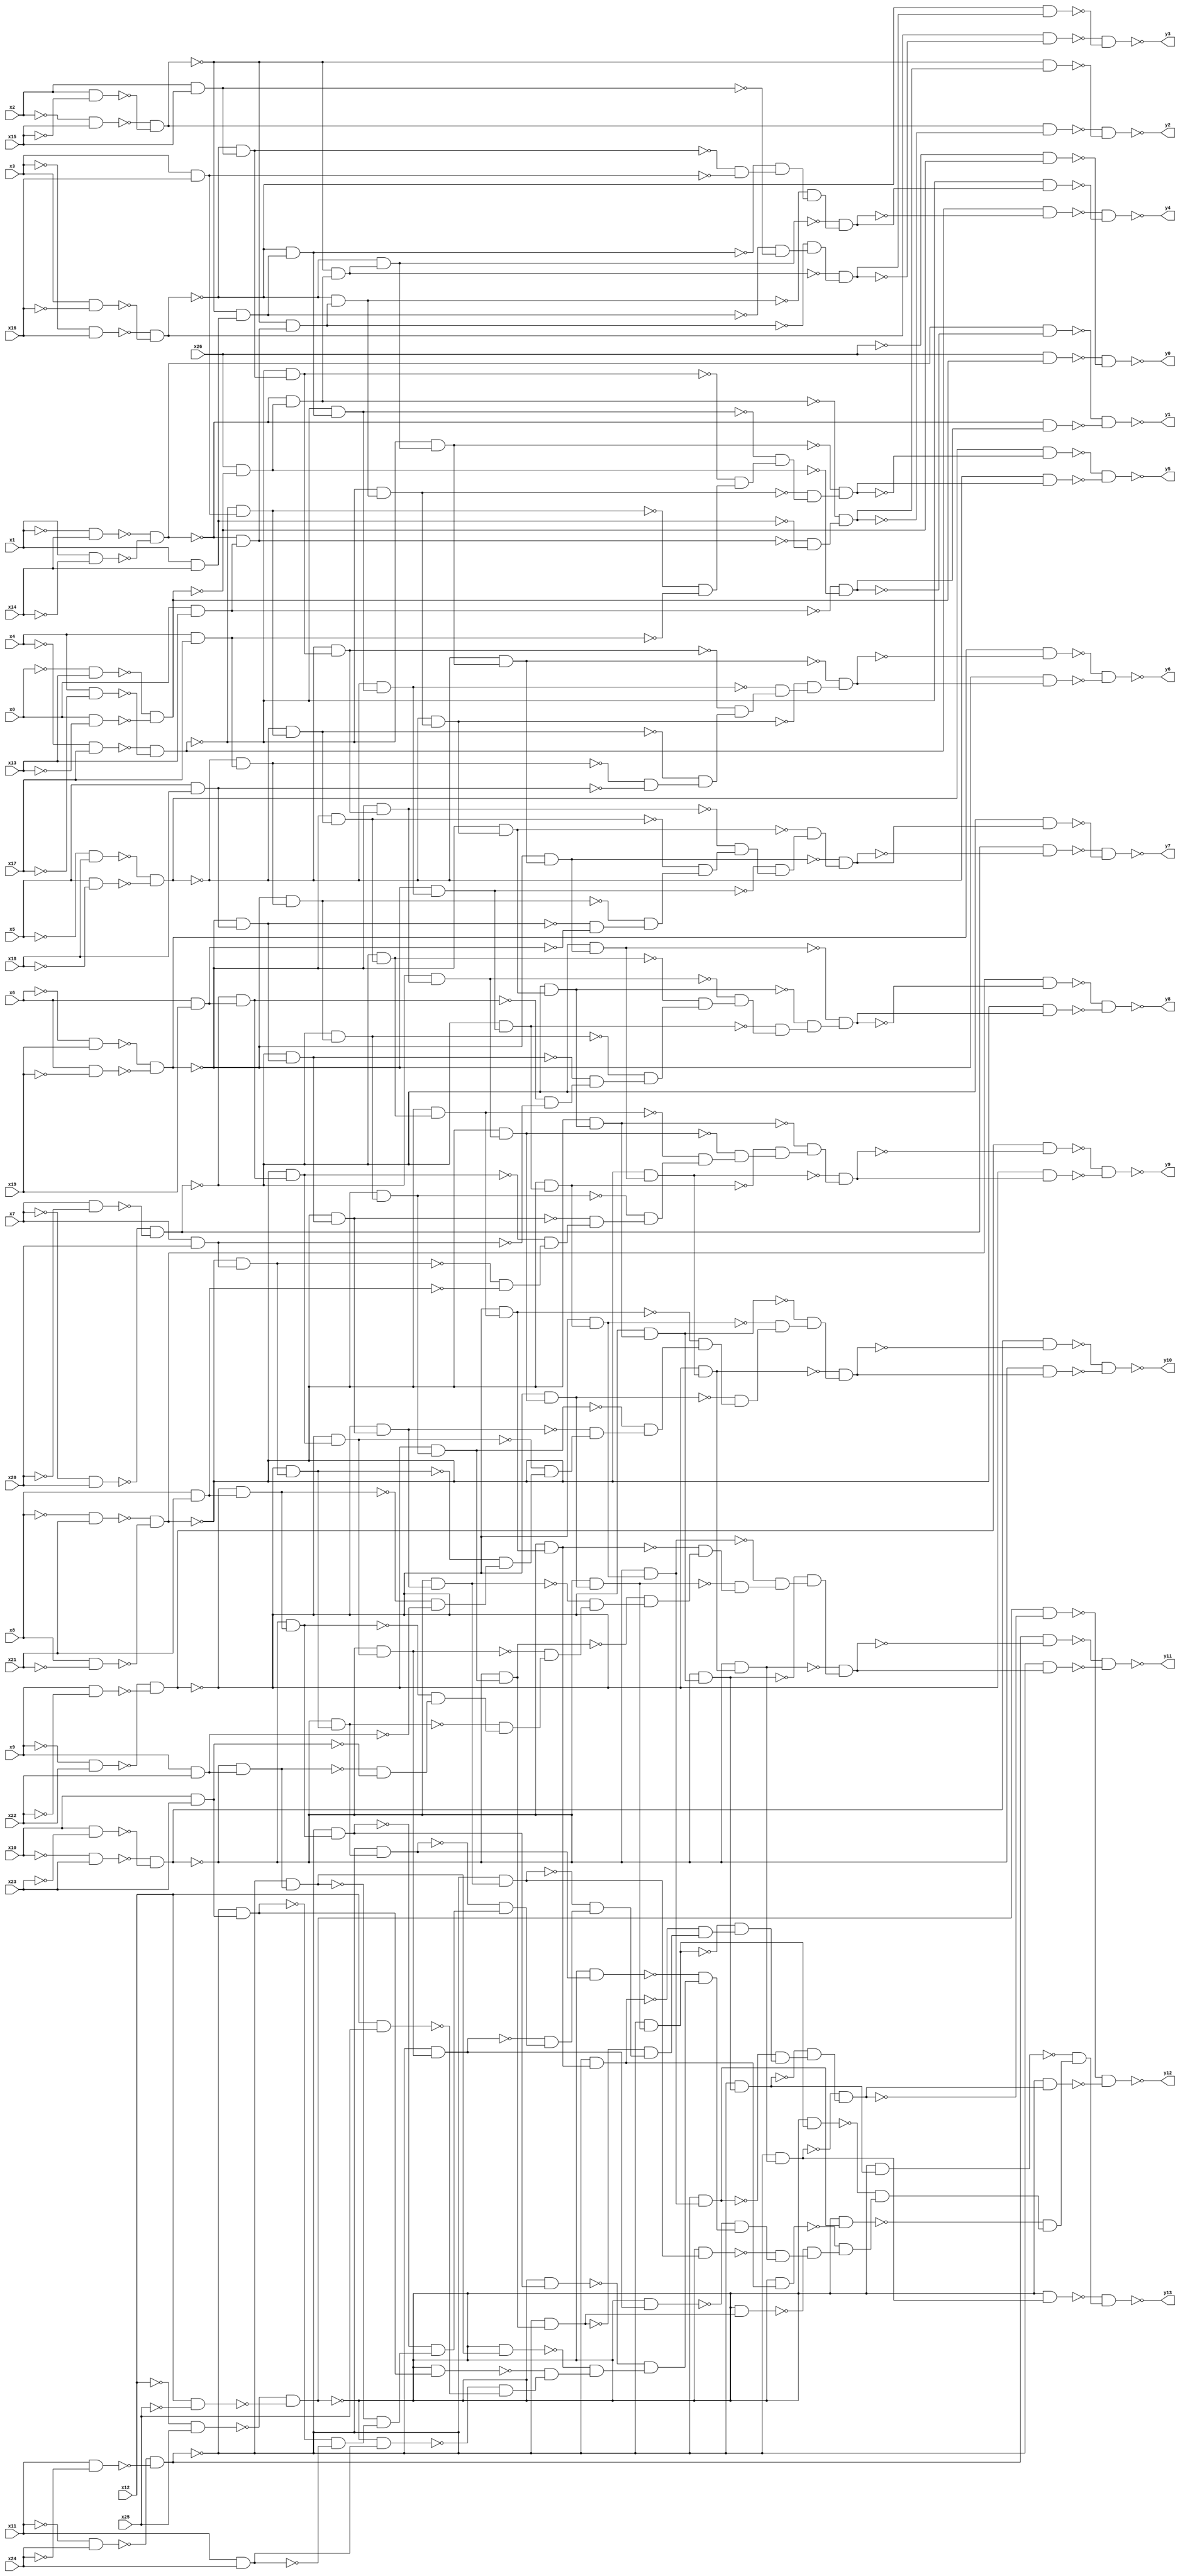
module top(x0, x1, x2, x3, x4, x5, x6, x7, x8, x9, x10, x11, x12, x13, x14, x15, x16, x17, x18, x19, x20, x21, x22, x23, x24, x25, x26, y0, y1, y2, y3, y4, y5, y6, y7, y8, y9, y10, y11, y12, y13);
  input x0, x1, x2, x3, x4, x5, x6, x7, x8, x9, x10, x11, x12, x13, x14, x15, x16, x17, x18, x19, x20, x21, x22, x23, x24, x25, x26;
  output y0, y1, y2, y3, y4, y5, y6, y7, y8, y9, y10, y11, y12, y13;
  wire n28, n29, n30, n31, n32, n33, n34, n35, n36, n37, n38, n39, n40, n41, n42, n43, n44, n45, n46, n47, n48, n49, n50, n51, n52, n53, n54, n55, n56, n57, n58, n59, n60, n61, n62, n63, n64, n65, n66, n67, n68, n69, n70, n71, n72, n73, n74, n75, n76, n77, n78, n79, n80, n81, n82, n83, n84, n85, n86, n87, n88, n89, n90, n91, n92, n93, n94, n95, n96, n97, n98, n99, n100, n101, n102, n103, n104, n105, n106, n107, n108, n109, n110, n111, n112, n113, n114, n115, n116, n117, n118, n119, n120, n121, n122, n123, n124, n125, n126, n127, n128, n129, n130, n131, n132, n133, n134, n135, n136, n137, n138, n139, n140, n141, n142, n143, n144, n145, n146, n147, n148, n149, n150, n151, n152, n153, n154, n155, n156, n157, n158, n159, n160, n161, n162, n163, n164, n165, n166, n167, n168, n169, n170, n171, n172, n173, n174, n175, n176, n177, n178, n179, n180, n181, n182, n183, n184, n185, n186, n187, n188, n189, n190, n191, n192, n193, n194, n195, n196, n197, n198, n199, n200, n201, n202, n203, n204, n205, n206, n207, n208, n209, n210, n211, n212, n213, n214, n215, n216, n217, n218, n219, n220, n221, n222, n223, n224, n225, n226, n227, n228, n229, n230, n231, n232, n233, n234, n235, n236, n237, n238, n239, n240, n241, n242, n243, n244, n245, n246, n247, n248, n249, n250, n251, n252, n253, n254, n255, n256, n257, n258, n259, n260, n261, n262, n263, n264, n265, n266, n267, n268, n269, n270, n271, n272, n273, n274, n275, n276, n277, n278, n279, n280, n281, n282, n283, n284, n285, n286, n287, n288, n289, n290, n291, n292, n293, n294, n295, n296, n297, n298, n299, n300;
  assign n28 = ~x0 & x13;
  assign n29 = x0 & ~x13;
  assign n30 = ~n28 & ~n29;
  assign n31 = x26 & n30;
  assign n32 = ~x26 & ~n30;
  assign n33 = ~n31 & ~n32;
  assign n34 = ~x1 & x14;
  assign n35 = x1 & ~x14;
  assign n36 = ~n34 & ~n35;
  assign n37 = x0 & x13;
  assign n38 = x26 & ~n30;
  assign n39 = ~n37 & ~n38;
  assign n40 = n36 & ~n39;
  assign n41 = ~n36 & n39;
  assign n42 = ~n40 & ~n41;
  assign n43 = ~x2 & x15;
  assign n44 = x2 & ~x15;
  assign n45 = ~n43 & ~n44;
  assign n48 = ~n36 & n38;
  assign n46 = ~n36 & n37;
  assign n47 = x1 & x14;
  assign n49 = ~n46 & ~n47;
  assign n50 = ~n48 & n49;
  assign n51 = n45 & ~n50;
  assign n52 = ~n45 & n50;
  assign n53 = ~n51 & ~n52;
  assign n54 = ~x3 & x16;
  assign n55 = x3 & ~x16;
  assign n56 = ~n54 & ~n55;
  assign n60 = ~n45 & n48;
  assign n58 = ~n45 & n46;
  assign n57 = ~n45 & n47;
  assign n59 = x2 & x15;
  assign n61 = ~n57 & ~n59;
  assign n62 = ~n58 & n61;
  assign n63 = ~n60 & n62;
  assign n64 = n56 & ~n63;
  assign n65 = ~n56 & n63;
  assign n66 = ~n64 & ~n65;
  assign n67 = ~x4 & x17;
  assign n68 = x4 & ~x17;
  assign n69 = ~n67 & ~n68;
  assign n74 = ~n56 & n60;
  assign n72 = ~n56 & n58;
  assign n71 = ~n56 & n57;
  assign n70 = ~n56 & n59;
  assign n73 = x3 & x16;
  assign n75 = ~n70 & ~n73;
  assign n76 = ~n71 & n75;
  assign n77 = ~n72 & n76;
  assign n78 = ~n74 & n77;
  assign n79 = n69 & ~n78;
  assign n80 = ~n69 & n78;
  assign n81 = ~n79 & ~n80;
  assign n82 = ~x5 & x18;
  assign n83 = x5 & ~x18;
  assign n84 = ~n82 & ~n83;
  assign n90 = ~n69 & n74;
  assign n88 = ~n69 & n72;
  assign n87 = ~n69 & n71;
  assign n86 = ~n69 & n70;
  assign n85 = ~n69 & n73;
  assign n89 = x4 & x17;
  assign n91 = ~n85 & ~n89;
  assign n92 = ~n86 & n91;
  assign n93 = ~n87 & n92;
  assign n94 = ~n88 & n93;
  assign n95 = ~n90 & n94;
  assign n96 = n84 & ~n95;
  assign n97 = ~n84 & n95;
  assign n98 = ~n96 & ~n97;
  assign n99 = ~x6 & x19;
  assign n100 = x6 & ~x19;
  assign n101 = ~n99 & ~n100;
  assign n108 = ~n84 & n90;
  assign n106 = ~n84 & n88;
  assign n105 = ~n84 & n87;
  assign n104 = ~n84 & n86;
  assign n103 = ~n84 & n85;
  assign n102 = ~n84 & n89;
  assign n107 = x5 & x18;
  assign n109 = ~n102 & ~n107;
  assign n110 = ~n103 & n109;
  assign n111 = ~n104 & n110;
  assign n112 = ~n105 & n111;
  assign n113 = ~n106 & n112;
  assign n114 = ~n108 & n113;
  assign n115 = n101 & ~n114;
  assign n116 = ~n101 & n114;
  assign n117 = ~n115 & ~n116;
  assign n118 = ~x7 & x20;
  assign n119 = x7 & ~x20;
  assign n120 = ~n118 & ~n119;
  assign n128 = ~n101 & n108;
  assign n126 = ~n101 & n106;
  assign n125 = ~n101 & n105;
  assign n124 = ~n101 & n104;
  assign n123 = ~n101 & n103;
  assign n122 = ~n101 & n102;
  assign n121 = ~n101 & n107;
  assign n127 = x6 & x19;
  assign n129 = ~n121 & ~n127;
  assign n130 = ~n122 & n129;
  assign n131 = ~n123 & n130;
  assign n132 = ~n124 & n131;
  assign n133 = ~n125 & n132;
  assign n134 = ~n126 & n133;
  assign n135 = ~n128 & n134;
  assign n136 = n120 & ~n135;
  assign n137 = ~n120 & n135;
  assign n138 = ~n136 & ~n137;
  assign n139 = ~x8 & x21;
  assign n140 = x8 & ~x21;
  assign n141 = ~n139 & ~n140;
  assign n150 = ~n120 & n128;
  assign n148 = ~n120 & n126;
  assign n147 = ~n120 & n125;
  assign n146 = ~n120 & n124;
  assign n145 = ~n120 & n123;
  assign n144 = ~n120 & n122;
  assign n143 = ~n120 & n121;
  assign n142 = ~n120 & n127;
  assign n149 = x7 & x20;
  assign n151 = ~n142 & ~n149;
  assign n152 = ~n143 & n151;
  assign n153 = ~n144 & n152;
  assign n154 = ~n145 & n153;
  assign n155 = ~n146 & n154;
  assign n156 = ~n147 & n155;
  assign n157 = ~n148 & n156;
  assign n158 = ~n150 & n157;
  assign n159 = n141 & ~n158;
  assign n160 = ~n141 & n158;
  assign n161 = ~n159 & ~n160;
  assign n162 = ~x9 & x22;
  assign n163 = x9 & ~x22;
  assign n164 = ~n162 & ~n163;
  assign n174 = ~n141 & n150;
  assign n172 = ~n141 & n148;
  assign n171 = ~n141 & n147;
  assign n170 = ~n141 & n146;
  assign n169 = ~n141 & n145;
  assign n168 = ~n141 & n144;
  assign n167 = ~n141 & n143;
  assign n166 = ~n141 & n142;
  assign n165 = ~n141 & n149;
  assign n173 = x8 & x21;
  assign n175 = ~n165 & ~n173;
  assign n176 = ~n166 & n175;
  assign n177 = ~n167 & n176;
  assign n178 = ~n168 & n177;
  assign n179 = ~n169 & n178;
  assign n180 = ~n170 & n179;
  assign n181 = ~n171 & n180;
  assign n182 = ~n172 & n181;
  assign n183 = ~n174 & n182;
  assign n184 = n164 & ~n183;
  assign n185 = ~n164 & n183;
  assign n186 = ~n184 & ~n185;
  assign n187 = ~x10 & x23;
  assign n188 = x10 & ~x23;
  assign n189 = ~n187 & ~n188;
  assign n200 = ~n164 & n174;
  assign n198 = ~n164 & n172;
  assign n197 = ~n164 & n171;
  assign n196 = ~n164 & n170;
  assign n195 = ~n164 & n169;
  assign n194 = ~n164 & n168;
  assign n193 = ~n164 & n167;
  assign n192 = ~n164 & n166;
  assign n191 = ~n164 & n165;
  assign n190 = ~n164 & n173;
  assign n199 = x9 & x22;
  assign n201 = ~n190 & ~n199;
  assign n202 = ~n191 & n201;
  assign n203 = ~n192 & n202;
  assign n204 = ~n193 & n203;
  assign n205 = ~n194 & n204;
  assign n206 = ~n195 & n205;
  assign n207 = ~n196 & n206;
  assign n208 = ~n197 & n207;
  assign n209 = ~n198 & n208;
  assign n210 = ~n200 & n209;
  assign n211 = n189 & ~n210;
  assign n212 = ~n189 & n210;
  assign n213 = ~n211 & ~n212;
  assign n214 = ~x11 & x24;
  assign n215 = x11 & ~x24;
  assign n216 = ~n214 & ~n215;
  assign n228 = ~n189 & n200;
  assign n226 = ~n189 & n198;
  assign n225 = ~n189 & n197;
  assign n224 = ~n189 & n196;
  assign n223 = ~n189 & n195;
  assign n222 = ~n189 & n194;
  assign n221 = ~n189 & n193;
  assign n220 = ~n189 & n192;
  assign n219 = ~n189 & n191;
  assign n218 = ~n189 & n190;
  assign n217 = ~n189 & n199;
  assign n227 = x10 & x23;
  assign n229 = ~n217 & ~n227;
  assign n230 = ~n218 & n229;
  assign n231 = ~n219 & n230;
  assign n232 = ~n220 & n231;
  assign n233 = ~n221 & n232;
  assign n234 = ~n222 & n233;
  assign n235 = ~n223 & n234;
  assign n236 = ~n224 & n235;
  assign n237 = ~n225 & n236;
  assign n238 = ~n226 & n237;
  assign n239 = ~n228 & n238;
  assign n240 = n216 & ~n239;
  assign n241 = ~n216 & n239;
  assign n242 = ~n240 & ~n241;
  assign n243 = ~x12 & x25;
  assign n244 = x12 & ~x25;
  assign n245 = ~n243 & ~n244;
  assign n258 = ~n216 & n228;
  assign n256 = ~n216 & n226;
  assign n255 = ~n216 & n225;
  assign n254 = ~n216 & n224;
  assign n253 = ~n216 & n223;
  assign n252 = ~n216 & n222;
  assign n251 = ~n216 & n221;
  assign n250 = ~n216 & n220;
  assign n249 = ~n216 & n219;
  assign n248 = ~n216 & n218;
  assign n247 = ~n216 & n217;
  assign n246 = ~n216 & n227;
  assign n257 = x11 & x24;
  assign n259 = ~n246 & ~n257;
  assign n260 = ~n247 & n259;
  assign n261 = ~n248 & n260;
  assign n262 = ~n249 & n261;
  assign n263 = ~n250 & n262;
  assign n264 = ~n251 & n263;
  assign n265 = ~n252 & n264;
  assign n266 = ~n253 & n265;
  assign n267 = ~n254 & n266;
  assign n268 = ~n255 & n267;
  assign n269 = ~n256 & n268;
  assign n270 = ~n258 & n269;
  assign n271 = n245 & ~n270;
  assign n272 = ~n245 & n270;
  assign n273 = ~n271 & ~n272;
  assign n287 = ~n245 & n258;
  assign n285 = ~n245 & n256;
  assign n284 = ~n245 & n255;
  assign n283 = ~n245 & n254;
  assign n282 = ~n245 & n253;
  assign n281 = ~n245 & n252;
  assign n280 = ~n245 & n251;
  assign n279 = ~n245 & n250;
  assign n278 = ~n245 & n249;
  assign n277 = ~n245 & n248;
  assign n276 = ~n245 & n247;
  assign n275 = ~n245 & n246;
  assign n274 = ~n245 & n257;
  assign n286 = x12 & x25;
  assign n288 = ~n274 & ~n286;
  assign n289 = ~n275 & n288;
  assign n290 = ~n276 & n289;
  assign n291 = ~n277 & n290;
  assign n292 = ~n278 & n291;
  assign n293 = ~n279 & n292;
  assign n294 = ~n280 & n293;
  assign n295 = ~n281 & n294;
  assign n296 = ~n282 & n295;
  assign n297 = ~n283 & n296;
  assign n298 = ~n284 & n297;
  assign n299 = ~n285 & n298;
  assign n300 = ~n287 & n299;
  assign y0 = ~n33;
  assign y1 = ~n42;
  assign y2 = ~n53;
  assign y3 = ~n66;
  assign y4 = ~n81;
  assign y5 = ~n98;
  assign y6 = ~n117;
  assign y7 = ~n138;
  assign y8 = ~n161;
  assign y9 = ~n186;
  assign y10 = ~n213;
  assign y11 = ~n242;
  assign y12 = ~n273;
  assign y13 = ~n300;
endmodule